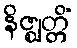
နိဇ္ဈတ္တိံ